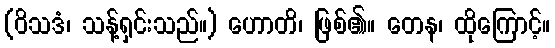
(ဝိသဒံ၊ သန့်ရှင်းသည်။) ဟောတိ၊ ဖြစ်၏။ တေန၊ ထိုကြောင့်။